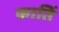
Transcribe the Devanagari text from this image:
कातिं